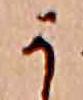
か